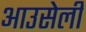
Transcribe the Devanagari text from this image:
आउसेली